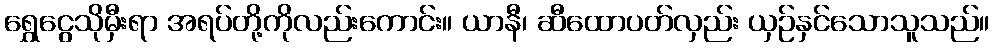
ရွှေငွေသိုမှီးရာ အရပ်တို့ကိုလည်းကောင်း။ ယာနီ၊ ဆီထောပတ်လှည်း ယှဉ်နှင်သောသူသည်။